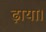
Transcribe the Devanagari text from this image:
ढ़ाया।